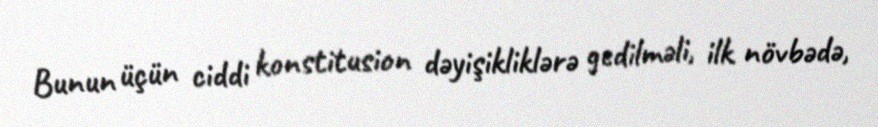
Bunun üçün ciddi konstitusion dəyişikliklərə gedilməli, ilk növbədə,